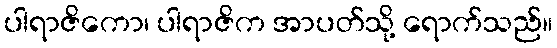
ပါရာဇိကော၊ ပါရာဇိက အာပတ်သို့ ရောက်သည်။